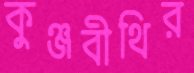
কুঞ্জবীথির